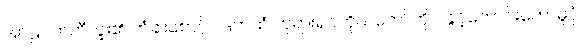
အာဠဝကဘီလူး၏ တံခါးစောင့်ဂဒြဘထံ ဘုရားရှင်ကိုယ်တော်တိုင် ခွင့်တောင်းတော်မူပုံ၊